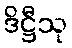
ဒိဋ္ဌီသု